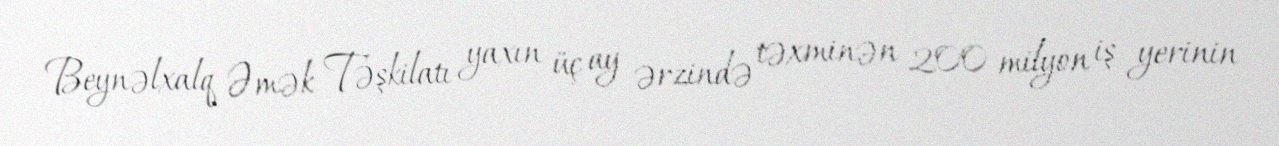
Beynəlxalq Əmək Təşkilatı yaxın üç ay ərzində təxminən 200 milyon iş yerinin